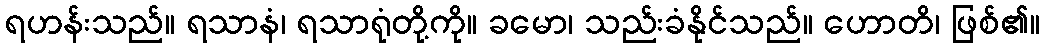
ရဟန်းသည်။ ရသာနံ၊ ရသာရုံတို့ကို။ ခမော၊ သည်းခံနိုင်သည်။ ဟောတိ၊ ဖြစ်၏။